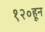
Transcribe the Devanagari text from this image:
१२०हून